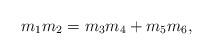
LaTeX: \begin{align*}m_1m_2=m_3m_4+m_5m_6, \end{align*}